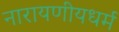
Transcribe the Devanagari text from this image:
नारायणीयधर्म